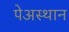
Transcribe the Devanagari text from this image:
पेअस्थान